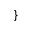
\}